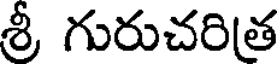
శ్రీ గురుచరిత